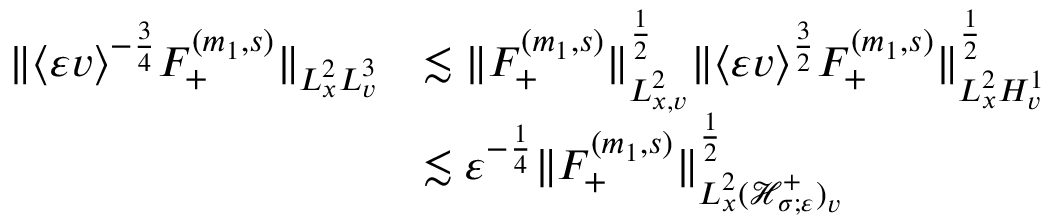
\begin{array} { r l } { \| \langle \varepsilon v \rangle ^ { - \frac { 3 } { 4 } } F _ { + } ^ { ( m _ { 1 } , s ) } \| _ { L _ { x } ^ { 2 } L _ { v } ^ { 3 } } } & { \lesssim \| F _ { + } ^ { ( m _ { 1 } , s ) } \| _ { L _ { x , v } ^ { 2 } } ^ { \frac { 1 } { 2 } } \| \langle \varepsilon v \rangle ^ { \frac { 3 } { 2 } } F _ { + } ^ { ( m _ { 1 } , s ) } \| _ { L _ { x } ^ { 2 } H _ { v } ^ { 1 } } ^ { \frac { 1 } { 2 } } } \\ & { \lesssim \varepsilon ^ { - \frac { 1 } { 4 } } \| F _ { + } ^ { ( m _ { 1 } , s ) } \| _ { L _ { x } ^ { 2 } ( \mathcal H _ { \sigma ; \varepsilon } ^ { + } ) _ { v } } ^ { \frac { 1 } { 2 } } } \end{array}